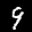
Label: 9